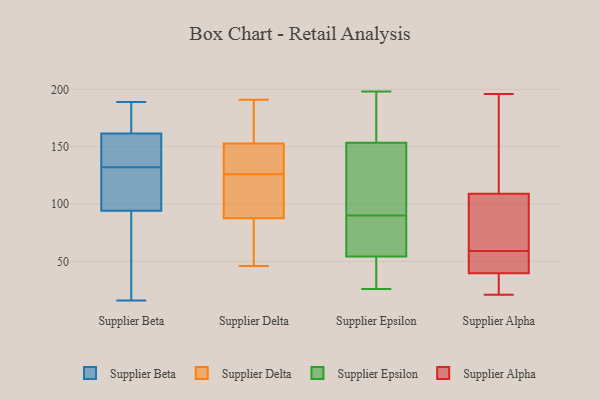
{"axis": {"x": "Temperature (°C)", "y": "Value"}, "legend": ["Supplier Alpha", "Supplier Beta", "Supplier Delta", "Supplier Epsilon"], "data": [{"x": "", "y": 83, "type": "Supplier Beta"}, {"x": "", "y": 131, "type": "Supplier Beta"}, {"x": "", "y": 168, "type": "Supplier Beta"}, {"x": "", "y": 141, "type": "Supplier Beta"}, {"x": "", "y": 186, "type": "Supplier Beta"}, {"x": "", "y": 38, "type": "Supplier Beta"}, {"x": "", "y": 154, "type": "Supplier Beta"}, {"x": "", "y": 138, "type": "Supplier Beta"}, {"x": "", "y": 94, "type": "Supplier Beta"}, {"x": "", "y": 164, "type": "Supplier Beta"}, {"x": "", "y": 119, "type": "Supplier Beta"}, {"x": "", "y": 132, "type": "Supplier Beta"}, {"x": "", "y": 16, "type": "Supplier Beta"}, {"x": "", "y": 189, "type": "Supplier Beta"}, {"x": "", "y": 95, "type": "Supplier Beta"}, {"x": "", "y": 173, "type": "Supplier Delta"}, {"x": "", "y": 47, "type": "Supplier Delta"}, {"x": "", "y": 106, "type": "Supplier Delta"}, {"x": "", "y": 167, "type": "Supplier Delta"}, {"x": "", "y": 88, "type": "Supplier Delta"}, {"x": "", "y": 136, "type": "Supplier Delta"}, {"x": "", "y": 86, "type": "Supplier Delta"}, {"x": "", "y": 58, "type": "Supplier Delta"}, {"x": "", "y": 148, "type": "Supplier Delta"}, {"x": "", "y": 117, "type": "Supplier Delta"}, {"x": "", "y": 137, "type": "Supplier Delta"}, {"x": "", "y": 191, "type": "Supplier Delta"}, {"x": "", "y": 127, "type": "Supplier Delta"}, {"x": "", "y": 186, "type": "Supplier Delta"}, {"x": "", "y": 46, "type": "Supplier Delta"}, {"x": "", "y": 126, "type": "Supplier Delta"}, {"x": "", "y": 108, "type": "Supplier Delta"}, {"x": "", "y": 46, "type": "Supplier Epsilon"}, {"x": "", "y": 161, "type": "Supplier Epsilon"}, {"x": "", "y": 90, "type": "Supplier Epsilon"}, {"x": "", "y": 56, "type": "Supplier Epsilon"}, {"x": "", "y": 104, "type": "Supplier Epsilon"}, {"x": "", "y": 198, "type": "Supplier Epsilon"}, {"x": "", "y": 66, "type": "Supplier Epsilon"}, {"x": "", "y": 162, "type": "Supplier Epsilon"}, {"x": "", "y": 85, "type": "Supplier Epsilon"}, {"x": "", "y": 131, "type": "Supplier Epsilon"}, {"x": "", "y": 151, "type": "Supplier Epsilon"}, {"x": "", "y": 26, "type": "Supplier Epsilon"}, {"x": "", "y": 69, "type": "Supplier Epsilon"}, {"x": "", "y": 193, "type": "Supplier Epsilon"}, {"x": "", "y": 31, "type": "Supplier Epsilon"}, {"x": "", "y": 49, "type": "Supplier Epsilon"}, {"x": "", "y": 101, "type": "Supplier Epsilon"}, {"x": "", "y": 45, "type": "Supplier Alpha"}, {"x": "", "y": 154, "type": "Supplier Alpha"}, {"x": "", "y": 106, "type": "Supplier Alpha"}, {"x": "", "y": 43, "type": "Supplier Alpha"}, {"x": "", "y": 59, "type": "Supplier Alpha"}, {"x": "", "y": 50, "type": "Supplier Alpha"}, {"x": "", "y": 21, "type": "Supplier Alpha"}, {"x": "", "y": 28, "type": "Supplier Alpha"}, {"x": "", "y": 30, "type": "Supplier Alpha"}, {"x": "", "y": 81, "type": "Supplier Alpha"}, {"x": "", "y": 118, "type": "Supplier Alpha"}, {"x": "", "y": 196, "type": "Supplier Alpha"}, {"x": "", "y": 60, "type": "Supplier Alpha"}]}